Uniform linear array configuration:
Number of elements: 8
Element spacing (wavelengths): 0.75
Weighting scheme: kaiser
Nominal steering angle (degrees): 30
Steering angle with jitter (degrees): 31.543
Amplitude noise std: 0.05
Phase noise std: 0.05

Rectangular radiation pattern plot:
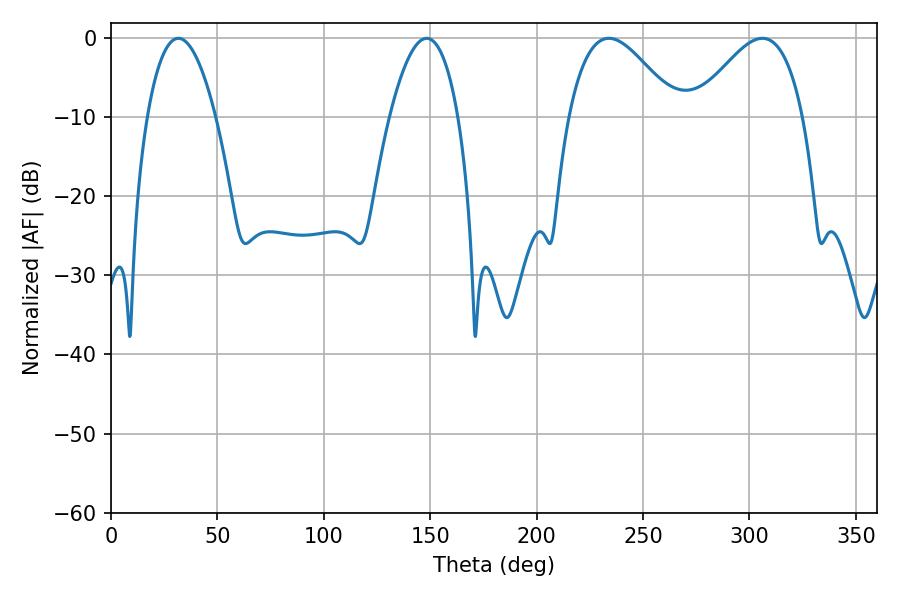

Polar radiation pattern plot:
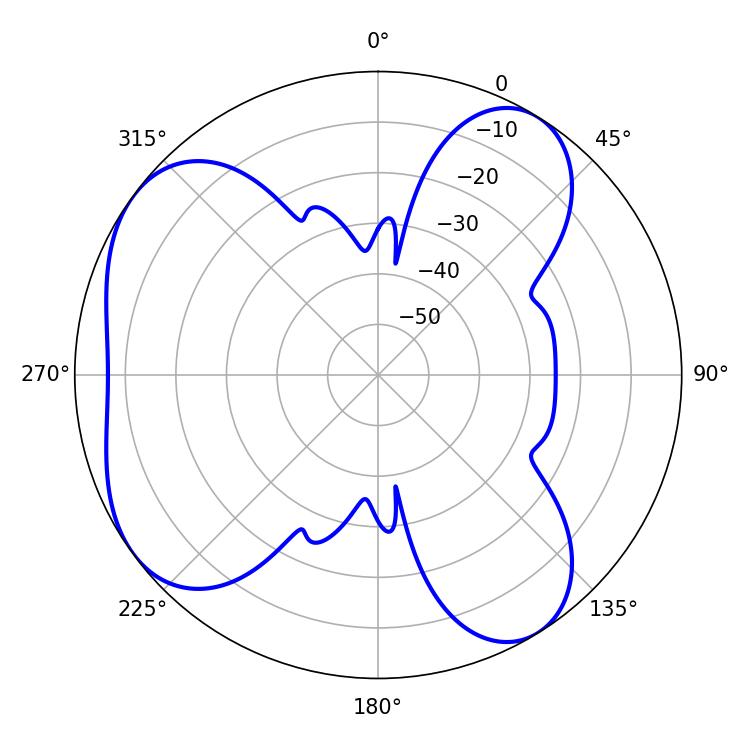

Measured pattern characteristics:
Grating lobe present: TRUE
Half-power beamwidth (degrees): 17.82
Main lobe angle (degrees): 31.68